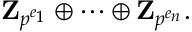
\mathbf { Z } _ { p ^ { e _ { 1 } } } \oplus \cdots \oplus \mathbf { Z } _ { p ^ { e _ { n } } } .